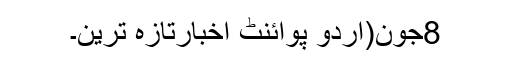
8جون(اُردو پوائنٹ اخبارتازہ ترین۔